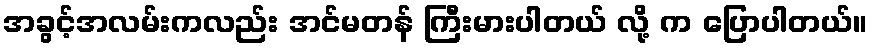
အခွင့်အလမ်းကလည်း အင်မတန် ကြီးမားပါတယ် လို့ က ပြောပါတယ်။